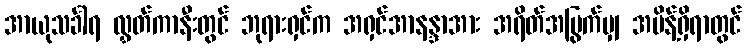
အာယုသင်္ခါရ လွှတ်ကာနီးတွင် ဘုရားရှင်က အရှင်အာနန္ဒာအား အရိတ်အမြွက်မျှ အမိန့်ရှိရာတွင်